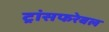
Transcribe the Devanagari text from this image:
ट्रांसफरेबल